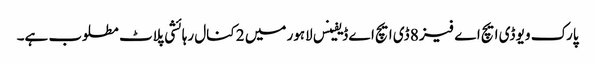
پارک ویو ڈی ایچ اے فیز 8 ڈی ایچ اے ڈیفینس لاہور میں 2 کنال رہائشی پلاٹ مطلوب ہے۔